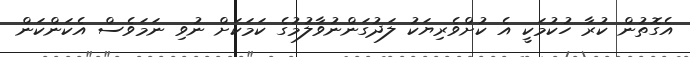
އެގޮތުން ކުރާ ހުކުމަކީ އެ ކުށްވެރިޔަކު ލަދުގަންނުވާލުމުގެ ކަމަކަށް ނުވި ނަމަވެސް އެކަންކަން